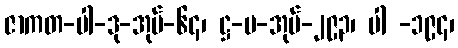
ဇာကတ-ပါ-ဒု-အုပ်-၆၄၊ ဋ္ဌ-မ-အုပ်-၂၉၃၊ ပါ -၁၉၄၊